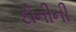
દોનીની